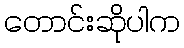
တောင်းဆိုပါက